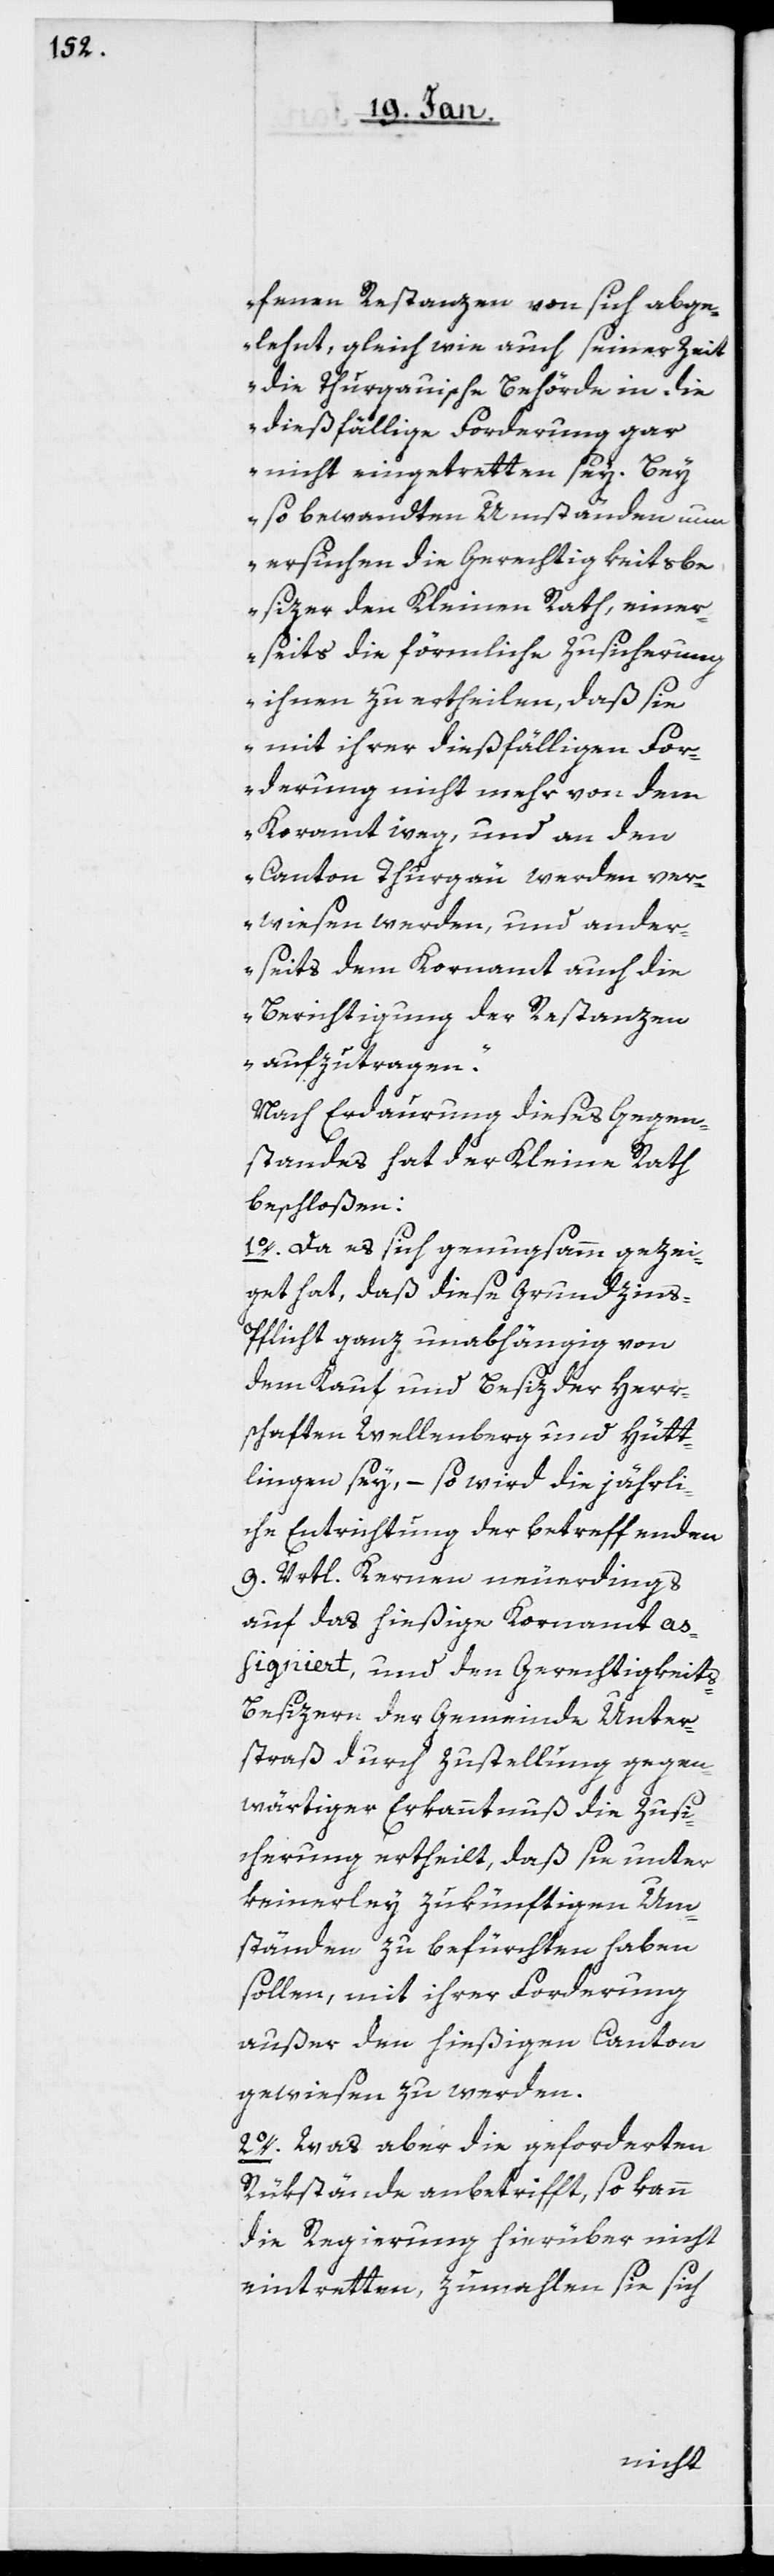
fenen Restanzen von sich abge¬
lehnt, gleich wie auch seiner Zeit
die Thurgauische Behörde in die
dießfällige Forderung gar
nicht eingetretten sey. Bey
so bewandten Umständen nun
ersuchen die Gerechtigkeitsbe¬
sizer den Kleinen Rath, einer¬
seits die förmliche Zusicherung
ihnen zu ertheilen, daß sie
mit ihrer dießfälligen For¬
derung nicht mehr von dem
Canton Thurgäu werden ver¬
wiesen werden, und ander¬
seits dem Kornamt auch die
Berichtigung der Restanzen
aufzutragen.“
Nach Erdaurung dieses Gegen¬
standes hat der Kleine Rath
beschloßen:
1o. Da es sich genugsamm gezei¬
get hat, daß diese Grundzins-P¬
flicht ganz unabhängig von
dem Kauf und Besiz der Herr¬
schaften Wellenberg und Hütt¬
lingen sey, – so wird die jährli¬
che Entrichtung der betreffenden
9. Vrtl. Kernen neuerdings
auf das hießige Kornamt as¬
signiert, und den Gerechtigkeit¬
s-Besizern der Gemeinde Unter¬
straß durch Zustellung gegen¬
wärtiger Erkanntnuß die Zusi¬
cherung ertheilt, daß sie unter
keinerley zukünftigen Um¬
ständen zu befürchten haben
sollen, mit ihrer Forderung
außer den hießigen Canton
gewiesen zu werden.
2o. Was aber die geforderten
Rükstände anbetrifft, so kann
die Regierung hierüber nicht
eintretten, zumahlen sie sich